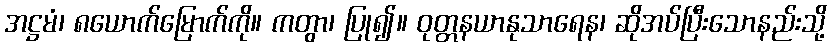
အဋ္ဌမံ၊ ၈ယောက်မြောက်ကို။ ကတွာ၊ ပြု၍။ ဝုတ္တနယာနုသာရေန၊ ဆိုအပ်ပြီးသောနည်းသို့